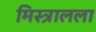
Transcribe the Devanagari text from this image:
मिस्त्रालला